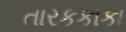
તારકકાકા